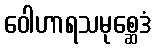
ဝေါဟာရသမုစ္ဆေဒံ